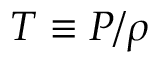
T \equiv P / \rho